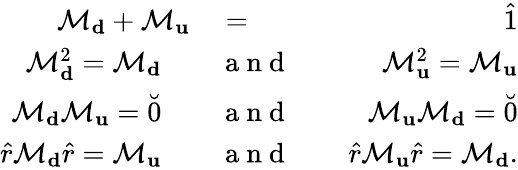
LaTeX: \begin{array}{rlr}{\mathcal{M}_{\mathbf d}+\mathcal{M}_{\mathbf u}}&{{}=}&{\hat{1}}\\ {\mathcal{M}_{\mathbf d}^{2}=\mathcal{M}_{\mathbf d}\quad}&{{}\mathrm{~a~n~d~}}&{\quad\mathcal{M}_{\mathbf u}^{2}=\mathcal{M}_{\mathbf u}}\\ {\mathcal{M}_{\mathbf d}\mathcal{M}_{\mathbf u}=\breve{0}\quad}&{{}\mathrm{~a~n~d~}}&{\quad\mathcal{M}_{\mathbf u}\mathcal{M}_{\mathbf d}=\breve{0}}\\ {\hat{r}\mathcal{M}_{\mathbf d}\hat{r}=\mathcal{M}_{\mathbf u}\quad}&{{}\mathrm{~a~n~d~}}&{\quad\hat{r}\mathcal{M}_{\mathbf u}\hat{r}=\mathcal{M}_{\mathbf d}.}\end{array}